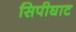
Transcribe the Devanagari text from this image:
सिपीघाट